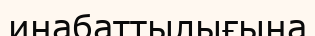
инабаттылығына